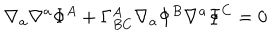
\nabla _ { a } \nabla ^ { a } \Phi ^ { A } + \Gamma _ { B C } ^ { A } \nabla _ { a } \Phi ^ { B } \nabla ^ { a } \Phi ^ { C } = 0